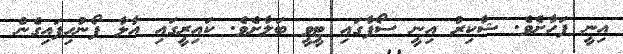
އިނީ ފަހާށެވެ. ޝާކިރު އިނީ ސޯފާގައި ޓީވީ ބަލާށެވެ. ކައިރީގައި އާލާ ފޯނުހިފައިގެން